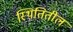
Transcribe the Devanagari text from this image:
स्थितितील